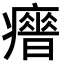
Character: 𤻣